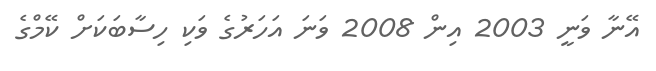
އޭނާ ވަނީ 2003 އިން 2008 ވަނަ އަހަރުގެ ވަކި ހިސާބަކަށް ކޭމްގެ